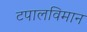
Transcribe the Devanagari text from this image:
टपालविमान